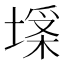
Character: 𡏪